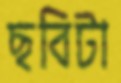
ছবিটা